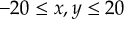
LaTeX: - 2 0 \leq x , y \leq 2 0